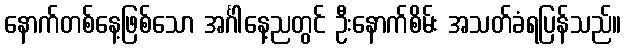
နောက်တစ်နေ့ဖြစ်သော အင်္ဂါနေ့ညတွင် ဦးနောက်စိမ်း အသတ်ခံရပြန်သည်။